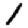
Digit: 1